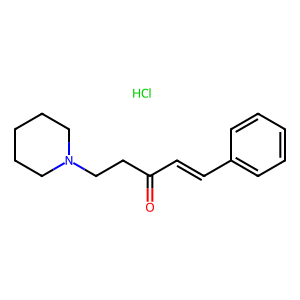
SMILES: Cl.O=C(C=Cc1ccccc1)CCN1CCCCC1
Inhibits HIV replication: No